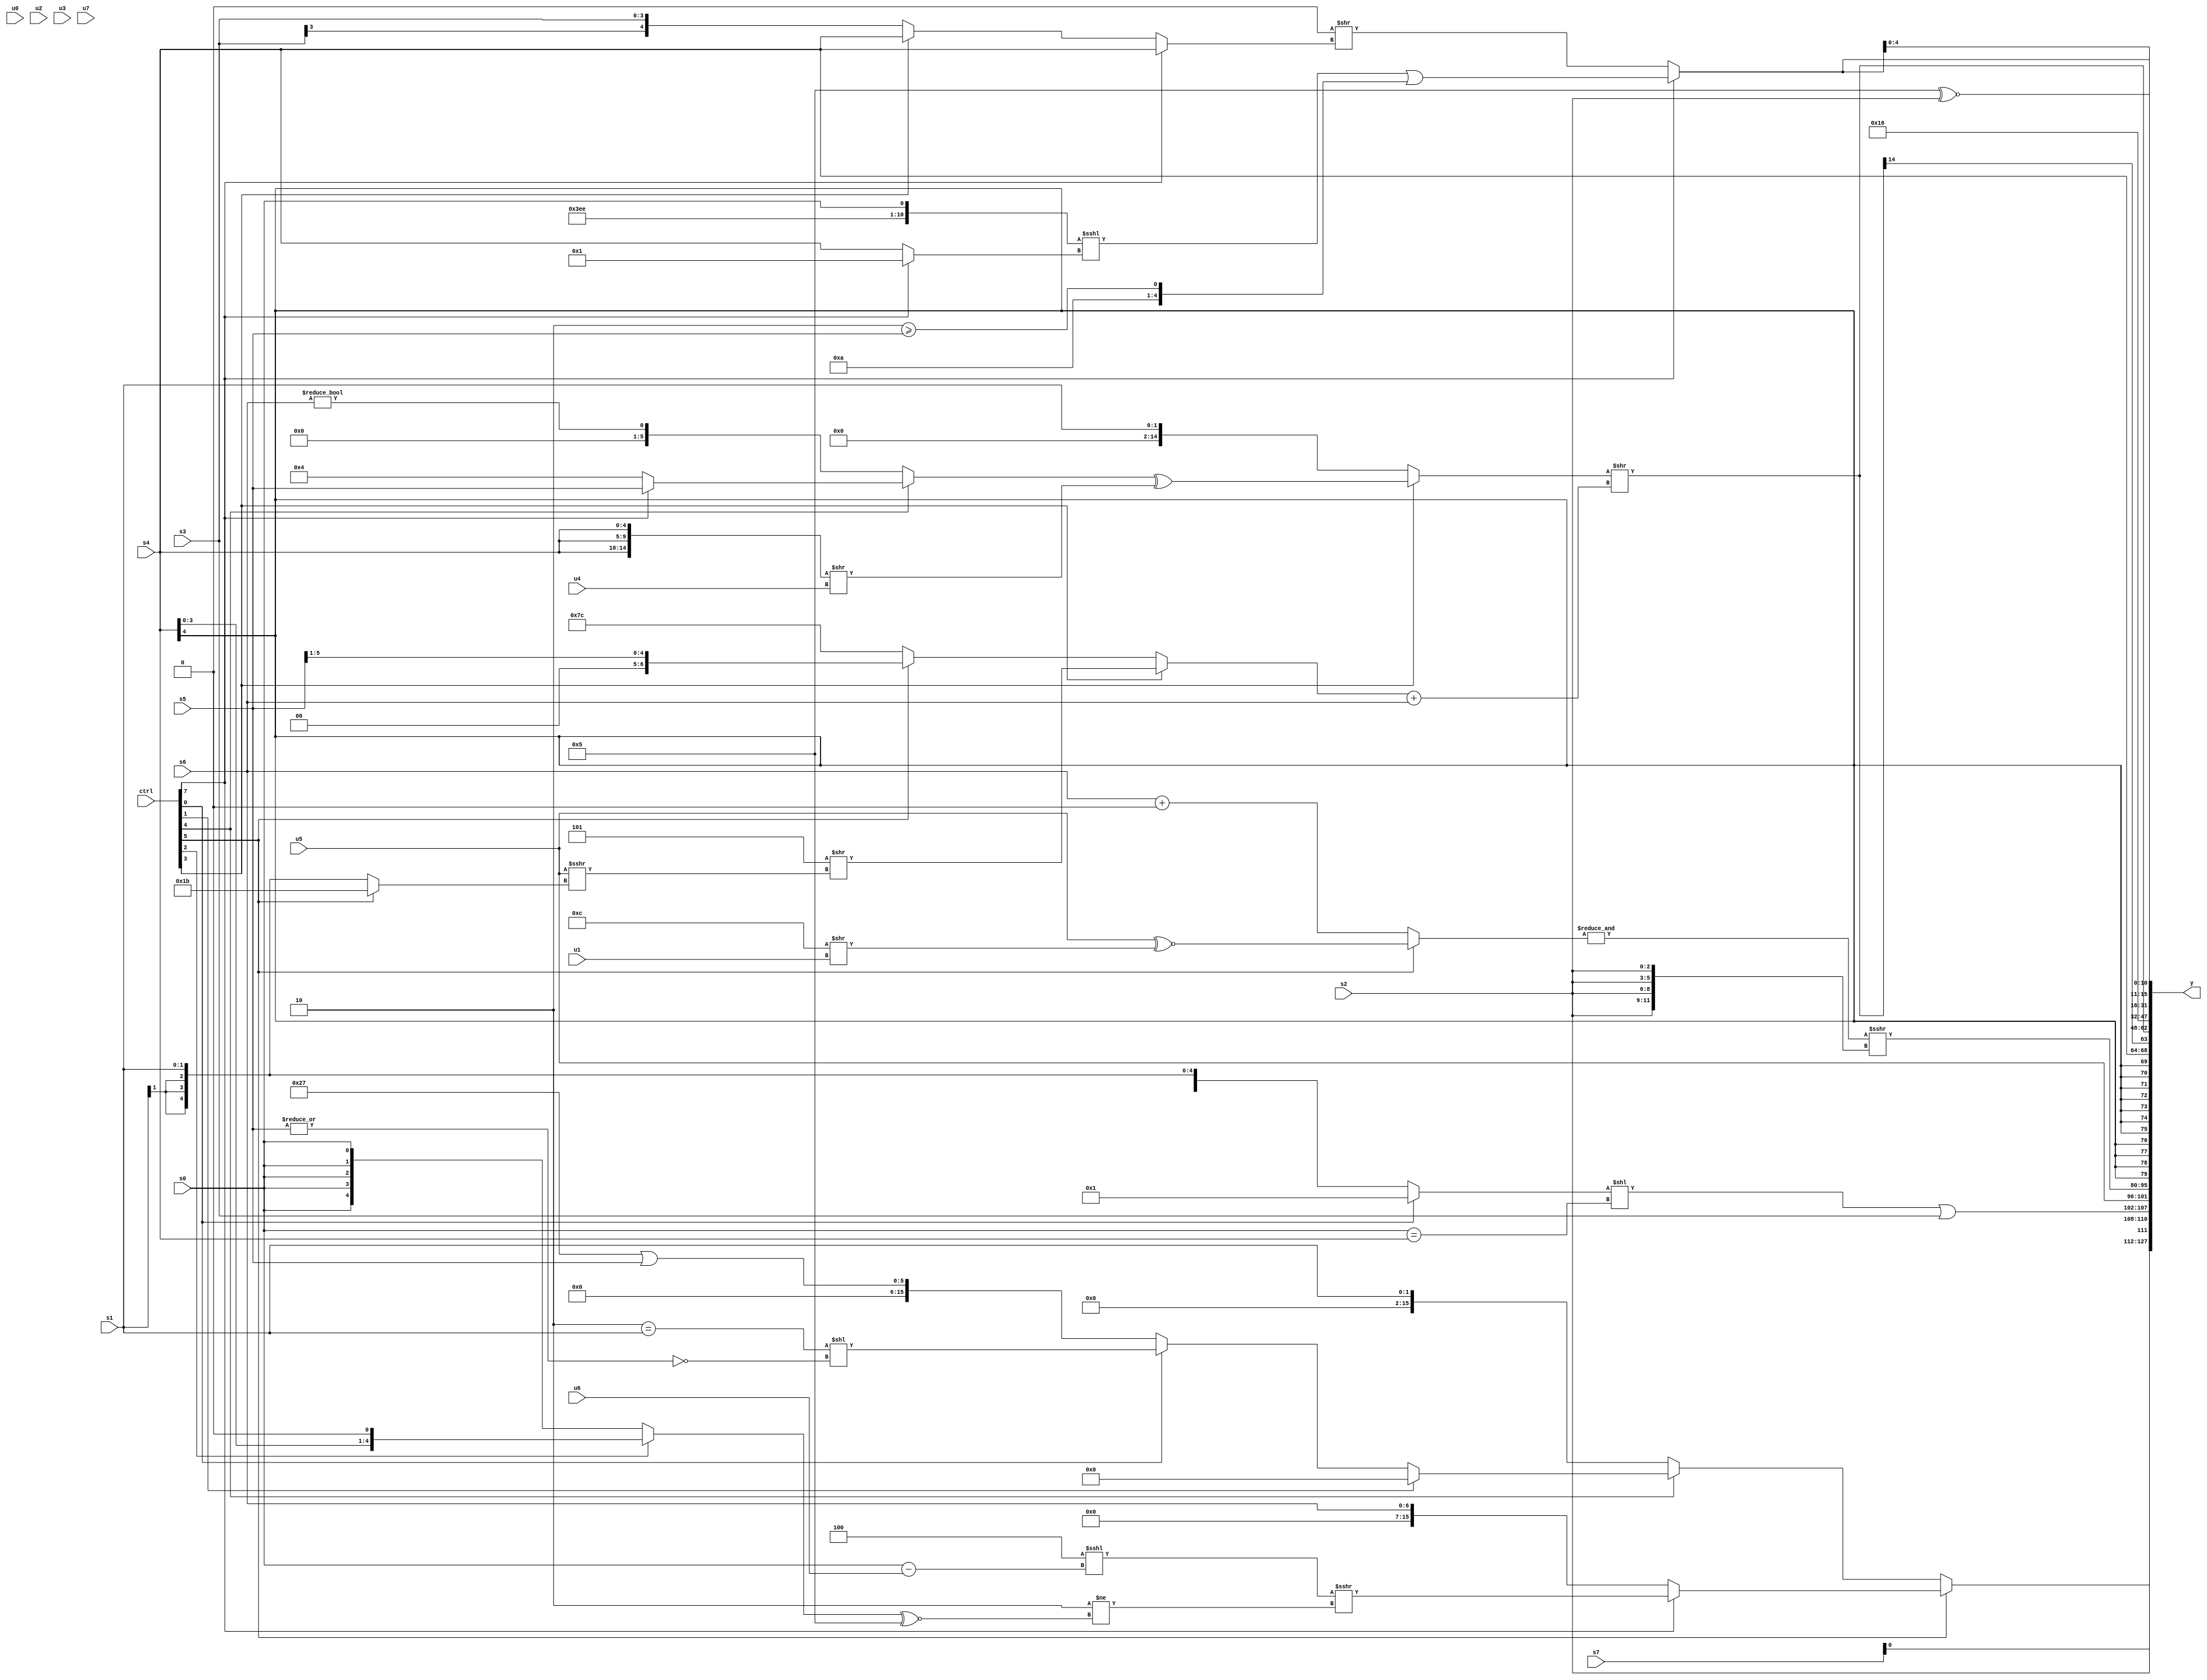
module wideexpr_00703(ctrl, u0, u1, u2, u3, u4, u5, u6, u7, s0, s1, s2, s3, s4, s5, s6, s7, y);
  input [7:0] ctrl;
  input [0:0] u0;
  input [1:0] u1;
  input [2:0] u2;
  input [3:0] u3;
  input [4:0] u4;
  input [5:0] u5;
  input [6:0] u6;
  input [7:0] u7;
  input signed [0:0] s0;
  input signed [1:0] s1;
  input signed [2:0] s2;
  input signed [3:0] s3;
  input signed [4:0] s4;
  input signed [5:0] s5;
  input signed [6:0] s6;
  input signed [7:0] s7;
  output [127:0] y;
  wire [15:0] y0;
  wire [15:0] y1;
  wire [15:0] y2;
  wire [15:0] y3;
  wire [15:0] y4;
  wire [15:0] y5;
  wire [15:0] y6;
  wire [15:0] y7;
  assign y = {y0,y1,y2,y3,y4,y5,y6,y7};
  assign y0 = (ctrl[5]?(ctrl[7]?(($signed(-(3'sb100)))<<<((s0)-(u6)))>>>($unsigned((2'sb10)!=(((ctrl[2]?(s4)<<<(3'sb001):s0))^~(5'sb00101)))):s6):(ctrl[4]?(ctrl[1]?($signed(({2{(s6)>>(6'sb101011)}})>>(4'sb0001)))>>>((s0)>>($signed(($signed(1'sb1))^~(6'sb000111)))):(ctrl[0]?+(+(((3'sb110)==(s1))<<(~|(s5)))):+($signed($signed((6'sb100111)|(s5)))))):$signed(s1)));
  assign y1 = {$unsigned(s7),$signed({$signed(s2),(((ctrl[0]?(-(6'sb010101))&($signed($signed(4'sb0001))):s1))<<(({s0})==($unsigned(s4))))|(s3),u5})};
  assign y2 = (&((ctrl[5]?(u5)^~((4'b1100)>>(u1)):($unsigned(s6))+(1'b0))))>>>({4{s2}});
  assign y3 = s4;
  assign y4 = +($signed(((ctrl[3]?(+((ctrl[4]?(ctrl[7]?s5:6'b000100):(2'sb00)!=(s6))))^(({3{$unsigned(s4)}})>>(u4)):s1))>>(((ctrl[3]?($signed($signed(3'b101)))>>((u5)>>>((ctrl[5]?5'sb11011:s1))):(ctrl[5]?(s5)>>>(6'sb000001):-($unsigned(4'sb0100)))))+(s6))));
  assign y5 = 6'sb010110;
  assign y6 = (5'sb00101)^~($signed(s2));
  assign y7 = {2{(ctrl[7]?(({5'sb11111,5'sb01110,s0})<<<((ctrl[7]?2'sb01:s4)))|({{3'sb010},$signed(2'sb10),(2'sb10)>=(s5)}):($signed(-(1'sb0)))>>((ctrl[7]?s4:(ctrl[3]?s4:s3))))}};
endmodule